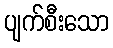
ပျက်စီးသော